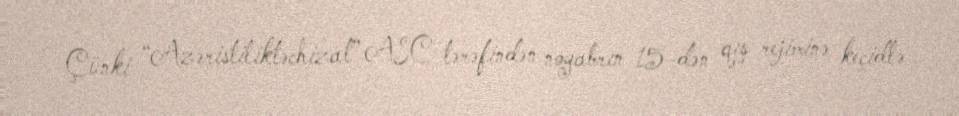
Çünki “Azəristiliktəchizat” ASC tərəfindən noyabrın 15-dən qış rejiminə keçidlə